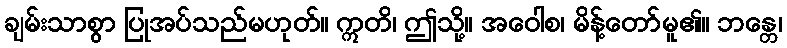
ချမ်းသာစွာ ပြုအပ်သည်မဟုတ်။ ဣတိ၊ ဤသို့။ အဝေါစ၊ မိန့်တော်မူ၏။ ဘန္တေ၊